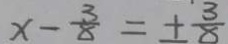
x - \frac { 3 } { 8 } = \pm \frac { 3 } { 8 }